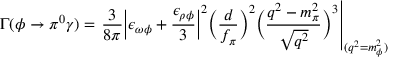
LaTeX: \Gamma ( \phi \rightarrow \pi ^ { 0 } \gamma ) = \left. \frac { 3 } { 8 \pi } \bigg | \epsilon _ { \omega \phi } + \frac { \epsilon _ { \rho \phi } } { 3 } \bigg | ^ { 2 } \bigg ( \frac { d } { f _ { \pi } } \bigg ) ^ { 2 } \bigg ( \frac { q ^ { 2 } - m _ { \pi } ^ { 2 } } { \sqrt { q ^ { 2 } } } \bigg ) ^ { 3 } \right| _ { ( q ^ { 2 } = m _ { \phi } ^ { 2 } ) }